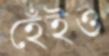
হেঁইও